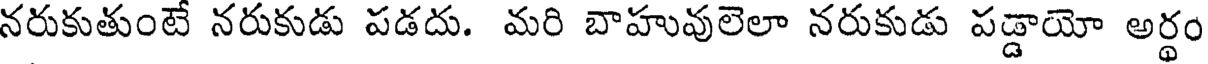
నరుకుతుంటే నరుకుడు పడదు. మరి బాహువులెలా నరుకుడు పడ్డాయో అర్థం